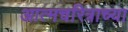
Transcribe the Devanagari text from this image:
आत्मचरित्राच्या